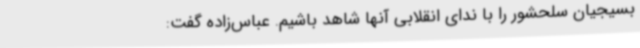
بسیجیان سلحشور را با ندای انقلابی آنها شاهد باشیم. عباس‌زاده گفت: